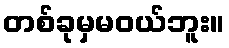
တစ်ခုမှမဝယ်ဘူး။